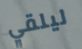
ليلقي